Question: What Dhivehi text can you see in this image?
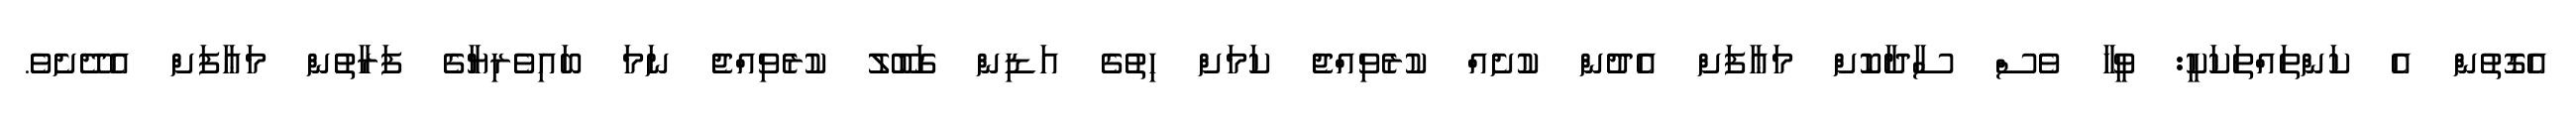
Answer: އެގޮތުން އެ ކަންތައްތަކަކީ: ވީހާ ވެސް ސާދާކޮށް މަޢާފަށް އެދުން ކުށެއް ކުރެވިއްޖެ ކަމަށް ހިތުގެ އަޑިން ގަބޫލު ކުރެވިއްޖެ ނަމަ ބައިވެރިޔާގެ ފަރާތުން މަޢާފަށް އެދޭށެވެ.